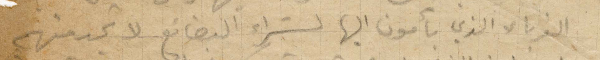
الغرباء الذي يأتون اليها لشراء البضائع لا تجدهم